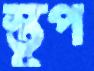
স্তূপ